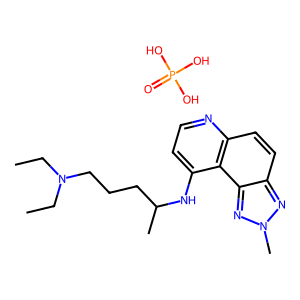
SMILES: CCN(CC)CCCC(C)Nc1ccnc2ccc3nn(C)nc3c12.O=P(O)(O)O
Inhibits HIV replication: No